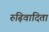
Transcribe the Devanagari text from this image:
रुढ़िवादिता